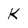
Character: k